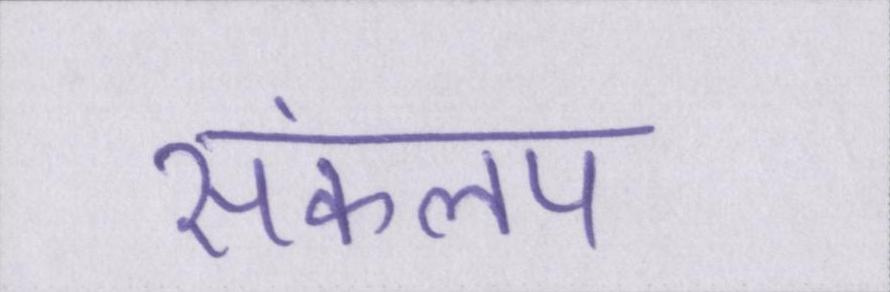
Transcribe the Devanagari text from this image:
संकलक